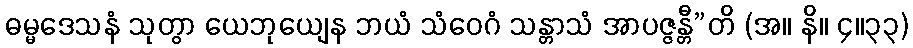
ဓမ္မဒေသနံ သုတွာ ယေဘုယျေန ဘယံ သံဝေဂံ သန္တာသံ အာပဇ္ဇန္တီ”တိ (အ။ နိ။ ၄။၃၃)